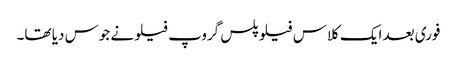
فوری بعد ایک کلاس فیلو پلس گروپ فیلو نے جوس دیا تھا۔